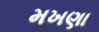
મખણા